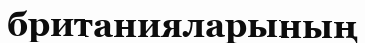
британияларының